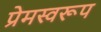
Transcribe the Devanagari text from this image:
प्रेमस्वरूप